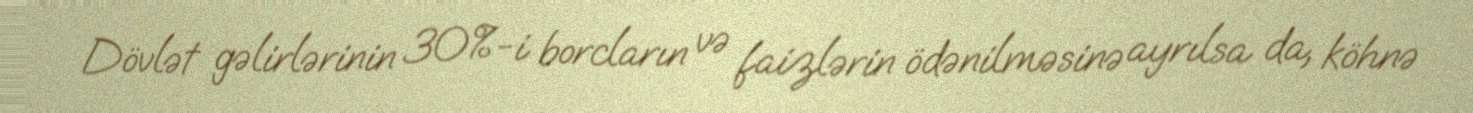
Dövlət gəlirlərinin 30%-i borcların və faizlərin ödənilməsinə ayrılsa da, köhnə